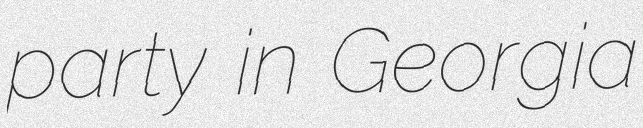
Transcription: party in Georgia